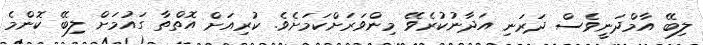
ލިބޭ އާމްދަނީވެސް ދަރަނި އަދާނުކުރެވޭ މިންވަރަށްކަމަށެވެ. ކުރިއަށް އޮތްތާ ގައުމަށް ލިބޭ ކޮންމެ